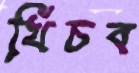
খিঁচব